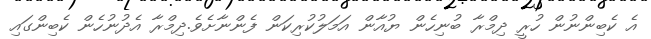
އެ ކެބިންނުން ހުރީ ދިމްރާ ބުނިހެން ޔުއާން އަމަލުކުރިކަން ފެންނާށެވެ.ދިމްރާ އެދުނުހެން ކެބިންގައި